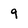
Character: 9